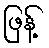
ဖြန့်